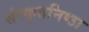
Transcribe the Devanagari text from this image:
संस्कृतनिष्ठा